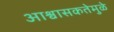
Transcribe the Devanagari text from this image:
आश्वासकतेमुळे